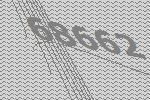
68662